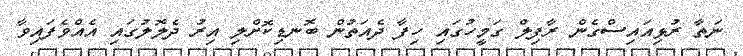
ނަތާ ރުޅިއައިސްގެން ރާފިލް ގަމީހުގައި ހިފާ ދެއަތުން ބޮނޑިކޮށްލި އިރު ދެލޮލުގައި އެއްވެފައިވާ